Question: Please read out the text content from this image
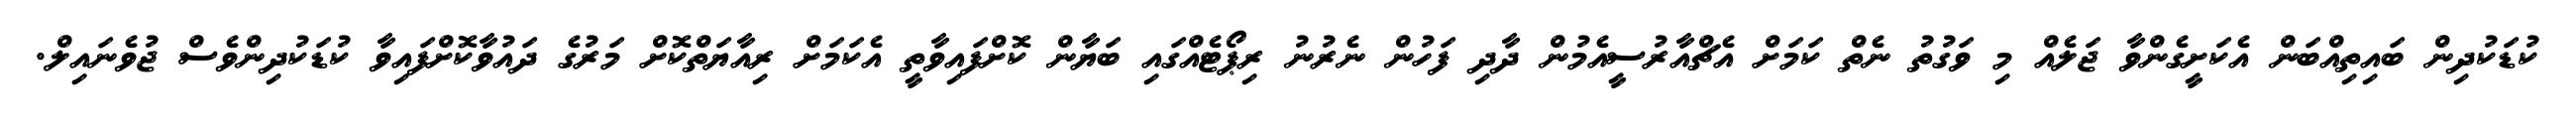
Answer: ކުޑަކުދިން ބައިތިއްބަން އެކަށީގެންވާ ޖަލެއް މި ވަގުތު ނެތް ކަމަށް އެޗްއާރުސީއެމުން ދާދި ފަހުން ނެރުނު ރިޕޯޓެއްގައި ބަޔާން ކޮށްފައިވާތީ އެކަމަށް ރިއާޔަތްކޮށް މަރުގެ ދައުވާކޮށްފައިވާ ކުޑަކުދިންވެސް ޖުވެނައިލް.